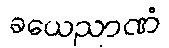
ခယေညာဏံ